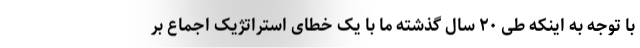
با توجه به اینکه طی ۲۰ سال گذشته ما با یک خطای استراتژیک اجماع بر